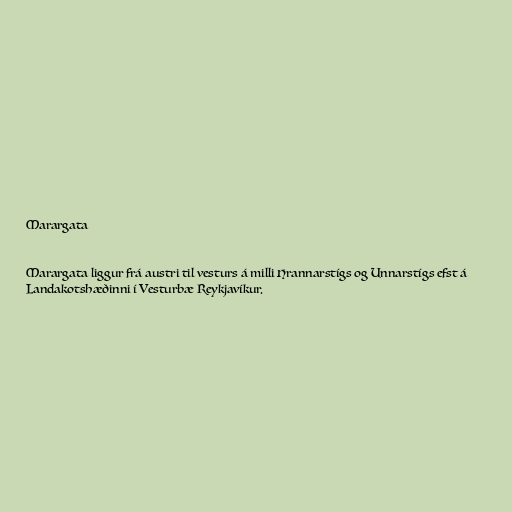
Marargata

Marargata liggur frá austri til vesturs á milli Hrannarstígs og Unnarstígs efst á
Landakotshæðinni í Vesturbæ Reykjavíkur.